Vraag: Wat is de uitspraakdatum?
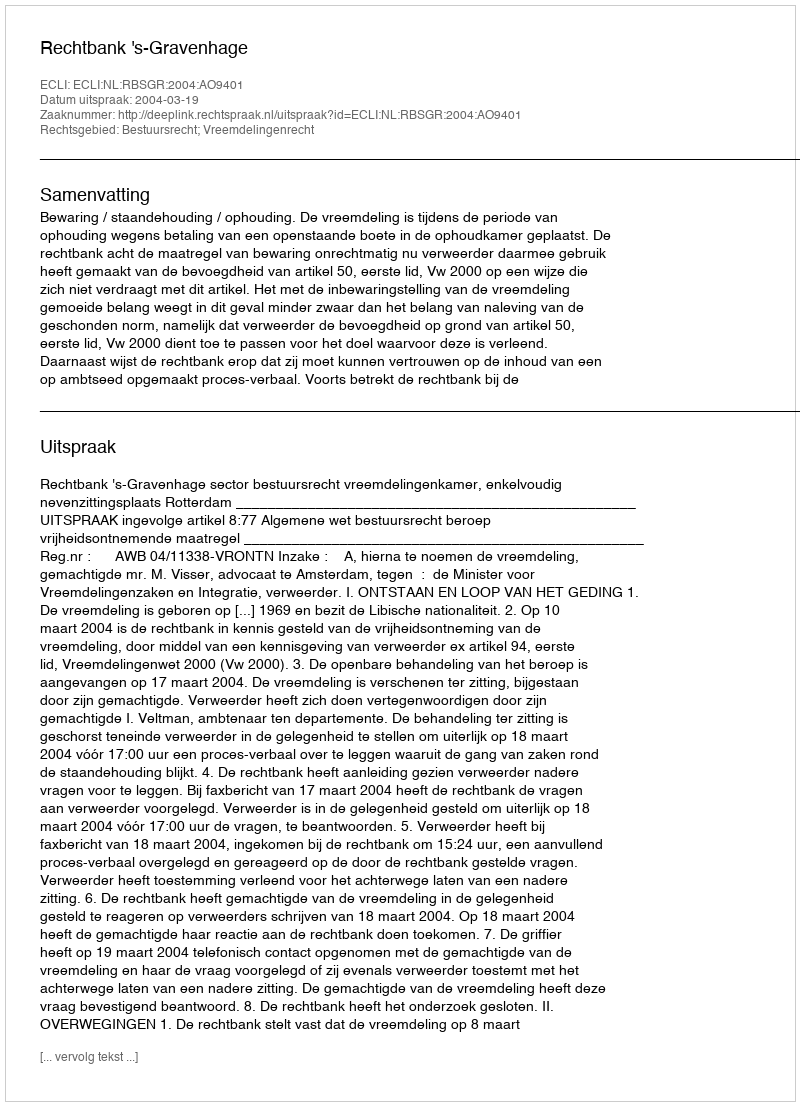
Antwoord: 2004-03-19